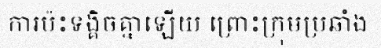
ការប៉ះទង្គិចគ្នាឡើយ ព្រោះក្រុមប្រឆាំង